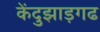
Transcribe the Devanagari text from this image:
केंदुझाड़गढ